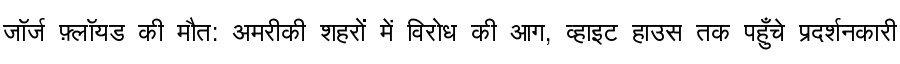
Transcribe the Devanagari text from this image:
जॉर्ज फ़्लॉयड की मौत: अमरीकी शहरों में विरोध की आग, व्हाइट हाउस तक पहुँचे प्रदर्शनकारी